Vaccination in the Punjab 1867-1880 - 1867-1880
Year: 1867
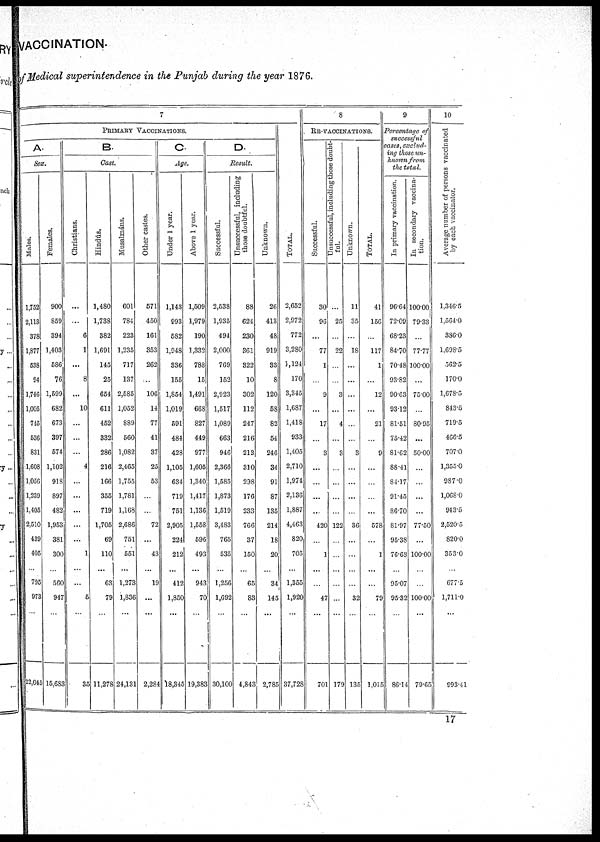
VACCINATION.
of Medical superintendence in the Punjab during the year 1876.
7
PRIMARY VACCINATIONS.
A
Sex.
Males.
1,752
2,113
378
1,877
538
94
1,746
1,005
745
536
831
1,608
1,056
1,239
1,405
2,510
439
405
...
795
973
...
22,045
Females.
900
859
394
1,403
586
76
1,599
682
673
397
574
1,102
918
897
482
1,953
381
300
...
560
947
...
156,683
B
Cast.
Christians.
...
...
6
1
...
8
...
10
...
...
...
4
...
...
...
...
...
1
...
...
5
...
35
Hindús.
1,480
1,738
382
1,691
145
25
654
611
452
332
286
216
166
355
719
1,705
69
110
...
63
79
...
11,278
Musalmáns.
601
784
223
1,235
717
137
2,585
1,052
889
560
1,082
2,465
1,755
1,781
1,168
2,686
751
551
...
1,273
1,836
...
24,131
Other castes.
571
450
161
353
262
...
106
14
77
41
37
25
53
...
...
72
...
43
...
19
...
...
2,284
C
Age.
Unde r 1 year.
1,143
993
582
1,948
336
155
1,854
1,019
591
484
428
1,105
634
719
751
2,905
224
212
...
412
1,850
...
18,345
Above 1 year.
1,509
1,979
190
1,332
788
15
1,491
668
827
449
977
1,605
1,340
1,417
1,136
1,558
596
493
...
943
70
...
19,383
D
Result.
Successful.
2,538
1,935
494
2,000
769
152
2,923
1,517
1,089
663
946
2,366
1,585
1,873
1,519
3,483
765
535
...
1,256
1,692
...
30,100
Unsuccessful, including
those doubtful.
88
624
230
361
322
10
302
112
247
216
213
310
298
176
233
766
37
150
...
65
83
...
4,843
Unknown.
26
413
48
919
33
8
120
58
82
54
246
34
91
87
135
214
18
20
...
34
145
...
2,785
TOTAL.
2,652
2,972
772
3,280
1,124
170
3,345
1,687
1,418
933
1,405
2,710
1,974
2,136
1,887
4,463
820
705
...
1,355
1,920
...
37,728
8
RE-VACCINATIONS.
Successful.
30
96
...
77
1
...
9
...
17
...
3
...
...
...
...
420
...
1
...
...
47
...
701
Unsuccessful, including those doubt-
ful.
...
25
...
22
...
...
3
...
4
...
3
...
...
...
...
122
...
...
...
...
...
...
179
Unknown.
11
35
...
18
...
...
...
...
...
...
3
...
...
...
...
36
...
...
...
...
32
...
135
TOTAL.
41
156
...
117
1
...
12
...
21
...
9
...
...
...
...
578
...
1
...
...
79
...
1,015
9
Percentage of
successful
cases, exclud¬
ing those un¬
known from
the total.
In primary vaccination.
96.64
72.09
68.23
84.70
70.48
93.82
90.63
93.12
81.51
75.42
81.62
88.41
84.17
91.45
86.70
81.97
95.38
76.63
...
95.07
95.32
...
86.14
In secondary vaccina-
tion.
100.00
79.33
...
77.77
100.00
...
75.00
...
80.95
...
50.00
...
...
...
...
77.50
...
100.00
...
...
100.00
...
79.65
10
Average number of persons vaccinated
by each vaccinator.
1,346.5
1,564.0
386.0
1,698.5
562.5
170.0
1,678.5
843.5
719.5
466.5
707.0
1,355.0
987.0
1,068.0
943.5
2,520.5
820.0
353.0
...
677.5
1,711.0
...
993.41
17